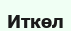
Иткөл